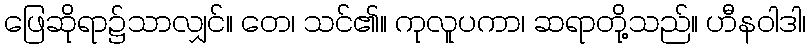
ဖြေဆိုရာ၌သာလျှင်။ တေ၊ သင်၏။ ကုလူပကာ၊ ဆရာတို့သည်။ ဟီနဝါဒါ၊